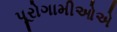
પૂરોગામીઓએ